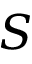
S